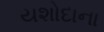
યશોદાના